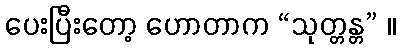
ပေးပြီးတော့ ဟောတာက “သုတ္တန္တ” ။